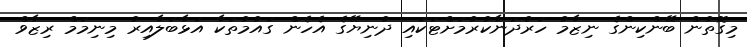
މިގޮތުން ބޭންކިންގެ ނިޒާމު ހަރުދަނާކުރުމަށްޓަކައި ދުނިޔޭގެ އެހެން ގައުމުތަކާ އަޅާބަލާއިރު މިނިމަމް ރިޒާވް